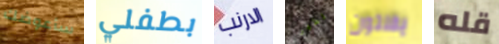
سأعوضك بطفلي الارنب المطهر يفلتون قله